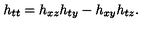
h _ { t t } = h _ { x z } h _ { t y } - h _ { x y } h _ { t z } .